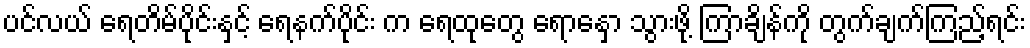
ပင်လယ် ရေတိမ်ပိုင်းနှင့် ရေနက်ပိုင်း က ရေထုတွေ ရောနှော သွားဖို့ ကြာချိန်ကို တွက်ချက်ကြည့်ရင်း